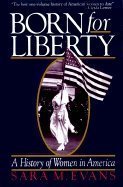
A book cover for Born For Liberty - A History Of Women In America; Sara M. Evans; Politics & Social Sciences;